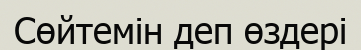
Сөйтемін деп өздері